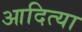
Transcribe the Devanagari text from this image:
आदित्या